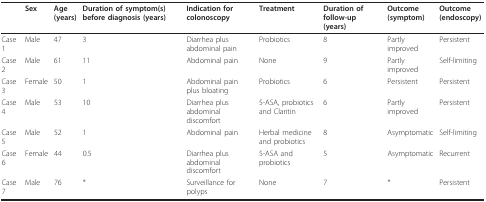
<table><thead><tr><td></td><td><b>Sex</b></td><td><b>Age (years)</b></td><td><b>Duration of symptom(s) before diagnosis (years)</b></td><td><b>Indication for colonoscopy</b></td><td><b>Treatment</b></td><td><b>Duration of follow-up (years)</b></td><td><b>Outcome (symptom)</b></td><td><b>Outcome (endoscopy)</b></td></tr></thead><tbody><tr><td>Case 1</td><td>Male</td><td>47</td><td>3</td><td>Diarrhea plus abdominal pain</td><td>Probiotics</td><td>8</td><td>Partly improved</td><td>Persistent</td></tr><tr><td>Case 2</td><td>Male</td><td>61</td><td>11</td><td>Abdominal pain</td><td>None</td><td>9</td><td>Partly improved</td><td>Self-limiting</td></tr><tr><td>Case 3</td><td>Female</td><td>50</td><td>1</td><td>Abdominal pain plus bloating</td><td>Probiotics</td><td>6</td><td>Persistent</td><td>Persistent</td></tr><tr><td>Case 4</td><td>Male</td><td>53</td><td>10</td><td>Diarrhea plus abdominal discomfort</td><td>5-ASA, probiotics and Claritin</td><td>6</td><td>Partly improved</td><td>Persistent</td></tr><tr><td>Case 5</td><td>Male</td><td>52</td><td>1</td><td>Abdominal pain</td><td>Herbal medicine and probiotics</td><td>8</td><td>Asymptomatic</td><td>Self-limiting</td></tr><tr><td>Case 6</td><td>Female</td><td>44</td><td>0.5</td><td>Diarrhea plus abdominal discomfort</td><td>5-ASA and probiotics</td><td>5</td><td>Asymptomatic</td><td>Recurrent</td></tr><tr><td>Case 7</td><td>Male</td><td>76</td><td>*</td><td>Surveillance for polyps</td><td>None</td><td>7</td><td>*</td><td>Persistent</td></tr></tbody></table>